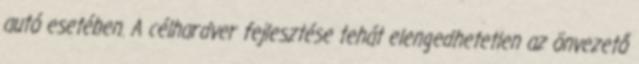
autó esetében. A célhardver fejlesztése tehát elengedhetetlen az önvezető